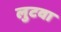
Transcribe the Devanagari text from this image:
लुटवा